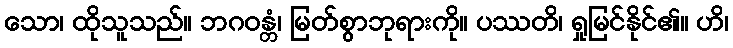
သော၊ ထိုသူသည်။ ဘဂဝန္တံ၊ မြတ်စွာဘုရားကို။ ပဿတိ၊ ရှုမြင်နိုင်၏။ ဟိ၊